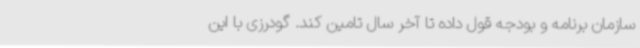
سازمان برنامه و بودجه قول داده تا آخر سال تامین کند. گودرزی با این